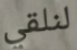
لنلقي